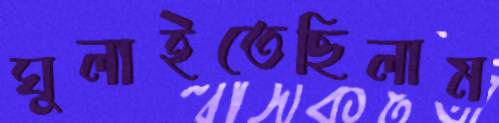
ঘুলাইতেছিলাম